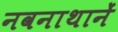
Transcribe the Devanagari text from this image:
नवनाथानें